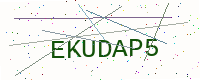
Text: EKUDAP5